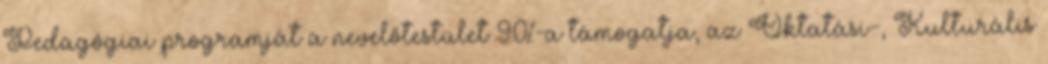
Pedagógiai programját a nevelőtestület 90%-a támogatja, az Oktatási-, Kulturális